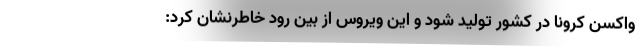
واکسن کرونا در کشور تولید شود و این ویروس از بین رود خاطرنشان کرد: